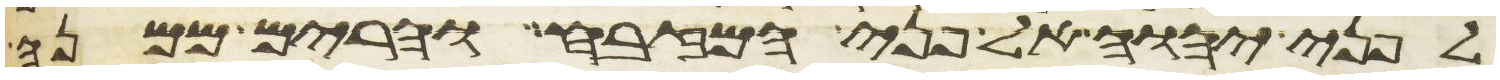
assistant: לפני יהוה אל פני המזבח והרים ממנה